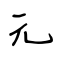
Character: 元